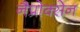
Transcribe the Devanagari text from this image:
नैप्रोक्सेन